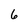
Character: 6